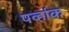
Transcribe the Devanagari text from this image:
पर्व्हाक